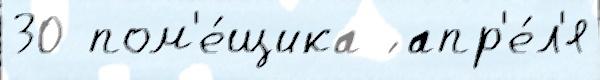
30 пом'е́щика ́ апр'е́л'я